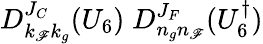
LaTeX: D_{k_{\mathscr{F}}k_{g}}^{J_{C}}(U_{6})\; D_{n_{g}n_{\mathscr{F}}}^{J_{F}}(U_{6}^{\dagger})